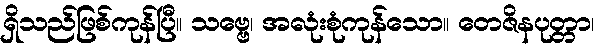
ရှိသည်ဖြစ်ကုန်ပြီ။ သဗ္ဗေ၊ အလုံးစုံကုန်သော။ တေဇိနပုတ္တာ၊